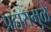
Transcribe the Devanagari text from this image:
प्रहारामुळे